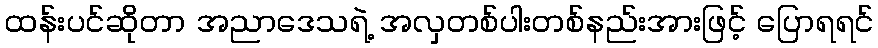
ထန်းပင်ဆိုတာ အညာဒေသရဲ့ အလှတစ်ပါးတစ်နည်းအားဖြင့် ပြောရရင်